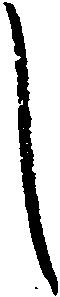
し